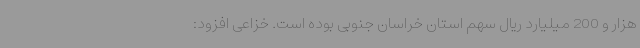
هزار و 200 میلیارد ریال سهم استان خراسان جنوبی بوده است. خزاعی افزود: